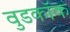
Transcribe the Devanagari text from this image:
वुडकॉक